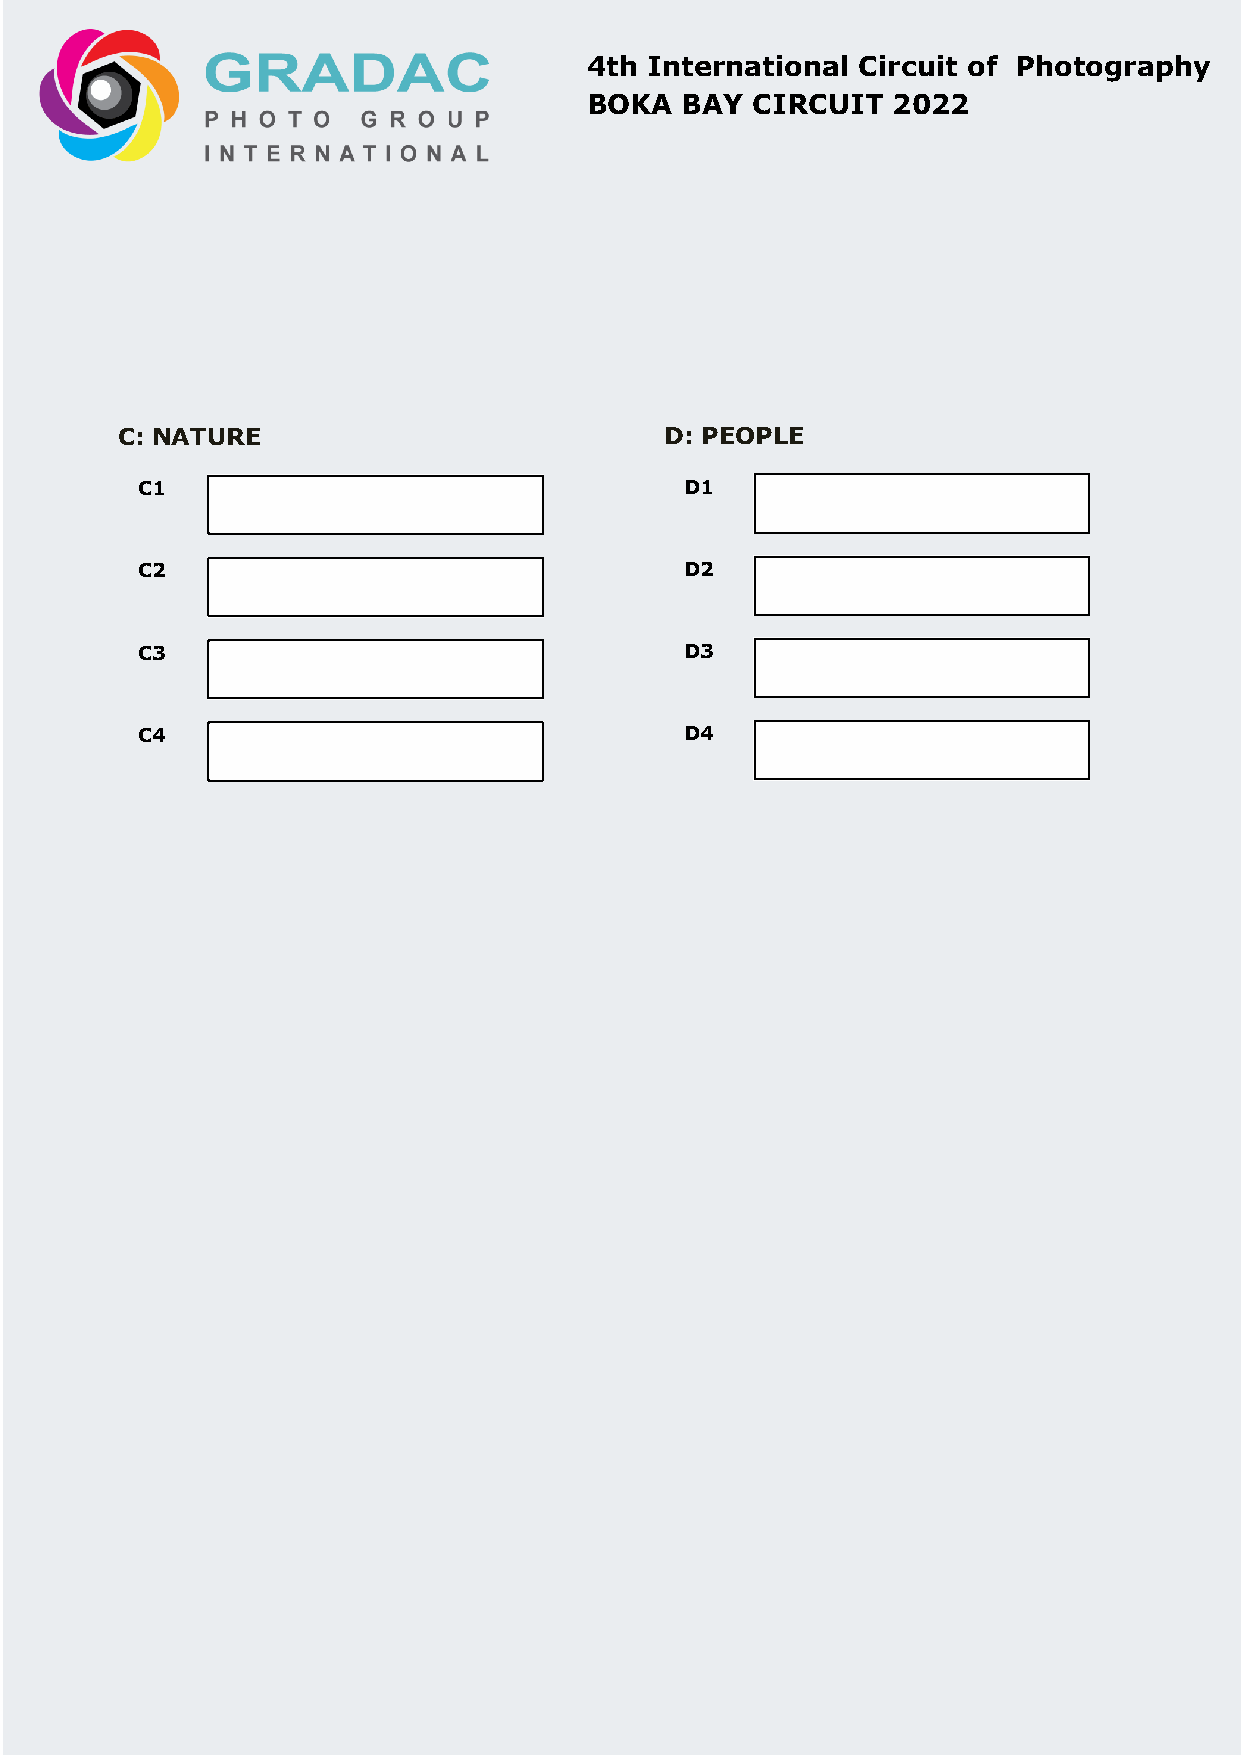
4th International Circuit of Photography
 BOKA  BAY  CIRCUIT  2022
 C: NATURE                           D: PEOPLE
 C1                                  D1
 C2                                  D2
 C3                                  D3
 C4                                  D4